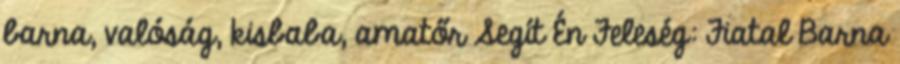
barna, valóság, kisbaba, amatőr Segít Én Feleség: Fiatal Barna